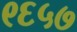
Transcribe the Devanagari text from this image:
९६५७